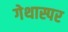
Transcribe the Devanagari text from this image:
गेथास्पर